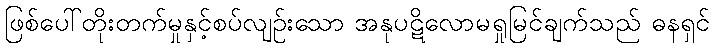
ဖြစ်ပေါ်တိုးတက်မှုနှင့်စပ်လျဉ်းသော အနုပဋိလောမရှုမြင်ချက်သည် ဓနရှင်